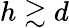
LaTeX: h\gtrsim d